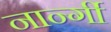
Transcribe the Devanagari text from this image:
नार्न्गी